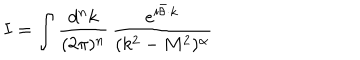
I = \int { \frac { d ^ { n } k } { ( 2 \pi ) ^ { n } } } \, { \frac { e ^ { i \bar { \theta } \cdot k } } { ( k ^ { 2 } - M ^ { 2 } ) ^ { \alpha } } }